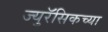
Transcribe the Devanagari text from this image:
ज्युरॅसिकच्या